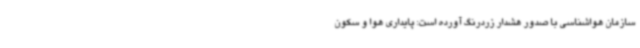
سازمان هواشناسی با صدور هشدار زردرنگ آورده است: پایداری هوا و سکون